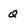
Character: Q